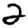
Digit: 2